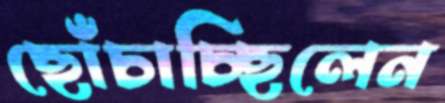
ছোঁচাচ্ছিলেন